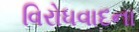
વિરોધવાદના